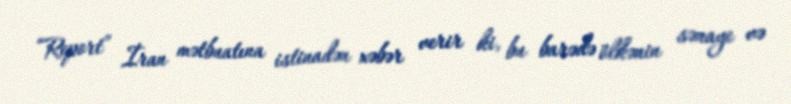
“Report” İran mətbuatına istinadən xəbər verir ki, bu barədə ölkənin sənaye və